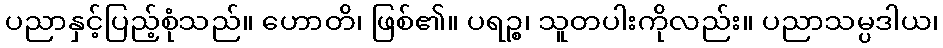
ပညာနှင့်ပြည့်စုံသည်။ ဟောတိ၊ ဖြစ်၏။ ပရဉ္စ၊ သူတပါးကိုလည်း။ ပညာသမ္ပဒါယ၊